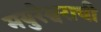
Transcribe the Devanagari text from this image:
मयुरेश्वराची